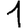
Digit: 1